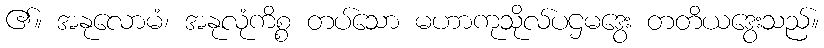
၏။ အနုလောမံ၊ အနုလုံကိစ္စ တပ်သော မဟာကုသိုလ်ပဌမဒွေး တတိယဒွေးသည်။